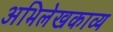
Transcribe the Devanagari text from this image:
अभिलेखकाव्य